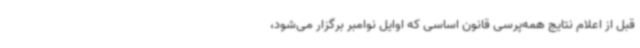
قبل از اعلام نتایج همه‌پرسی قانون اساسی که اوایل نوامبر برگزار می‌شود،